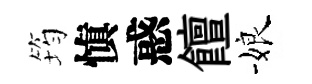
筠愼惑饘娘